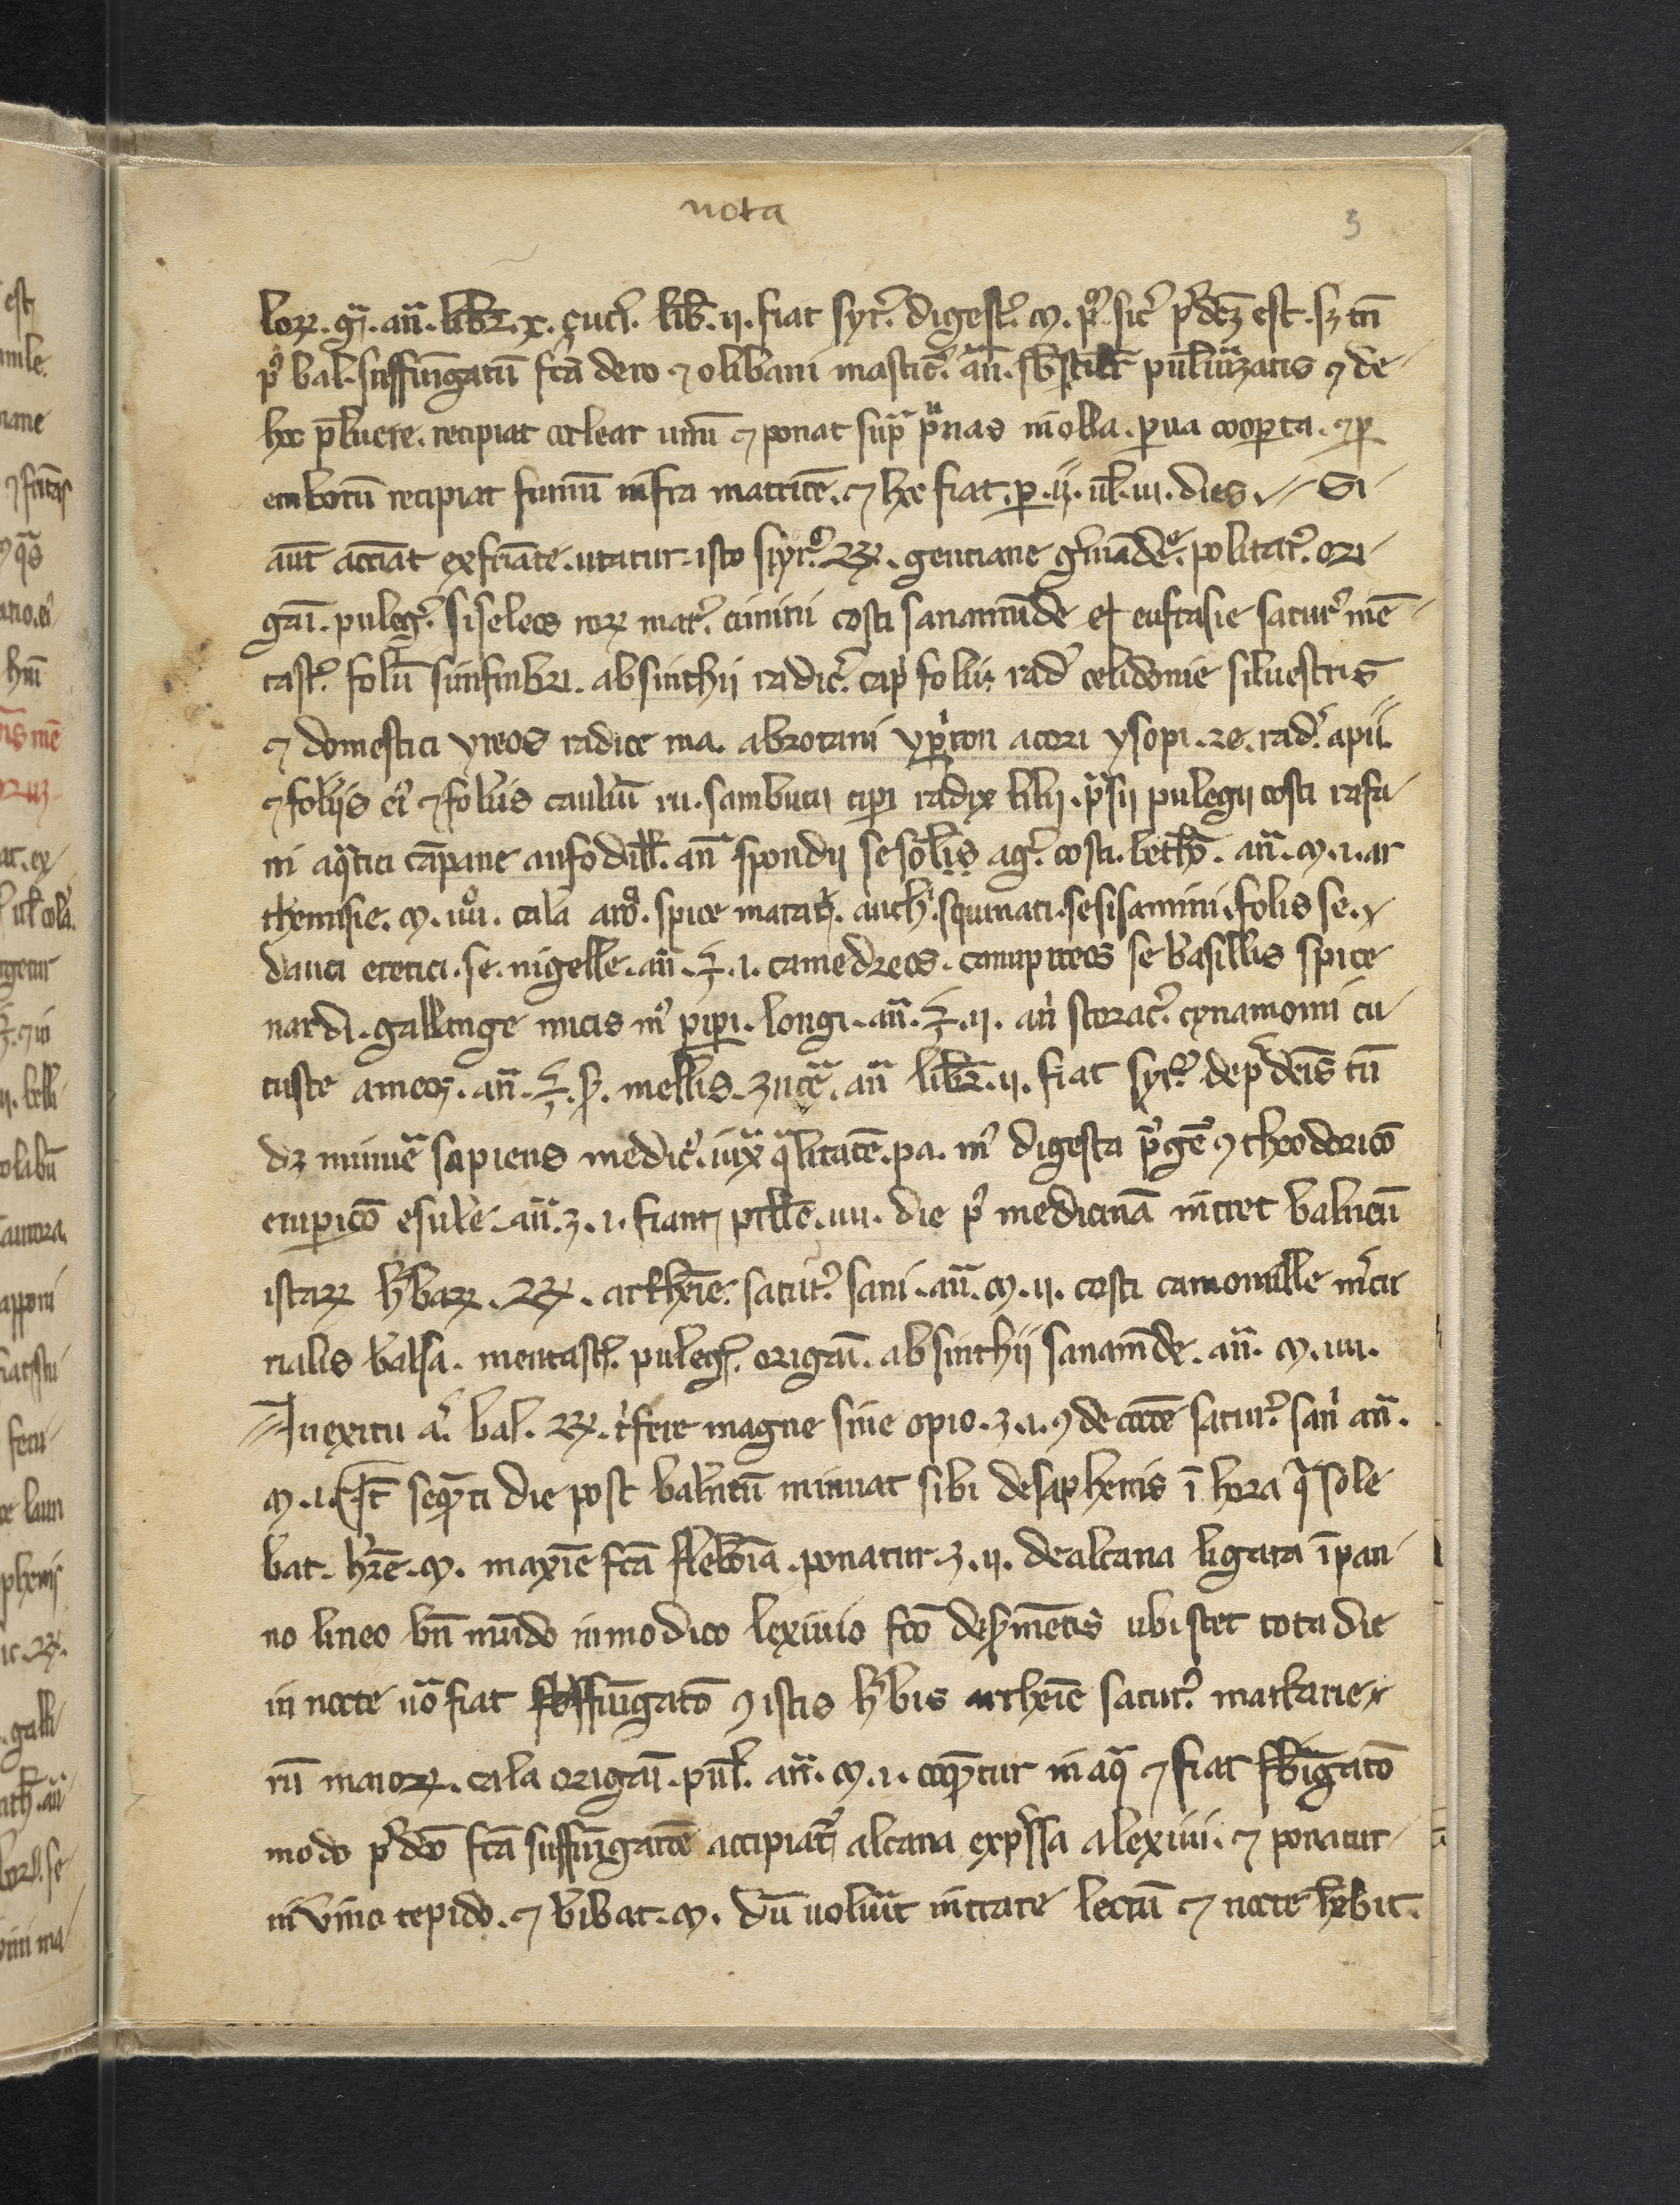
Shelfmark: Philadelphia, College of Physicians, 10a 135
Century: 14